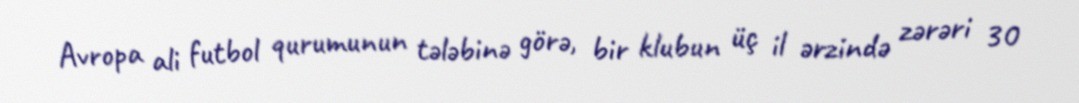
Avropa ali futbol qurumunun tələbinə görə, bir klubun üç il ərzində zərəri 30